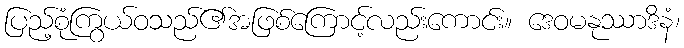
ပြည့်စုံကြွယ်ဝသည်၏အဖြစ်ကြောင့်လည်းကောင်း။ ဒေဝမနုဿာဒိနံ၊